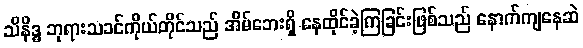
သိနိဒ္ဓ ဘုရားသခင်ကိုယ်တိုင်သည် အိမ်ဘေးရှိ နေထိုင်ခဲ့ကြခြင်းဖြစ်သည် နောက်ကျနေဆဲ